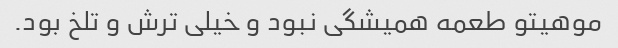
موهیتو طعمه همیشگی نبود و خیلی ترش و تلخ بود.